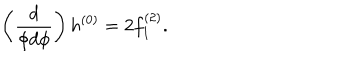
LaTeX: \left( \frac { d } { \phi d \phi } \right) h ^ { ( 0 ) } = 2 f _ { 1 } ^ { ( 2 ) } .